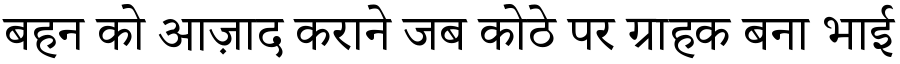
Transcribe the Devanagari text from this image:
बहन को आज़ाद कराने जब कोठे पर ग्राहक बना भाई